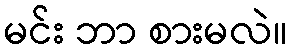
မင်း ဘာ စားမလဲ။